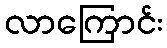
လာကြောင်း